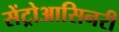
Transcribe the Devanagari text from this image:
सेंट्रोआसिनरी